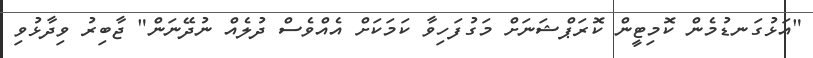
"އަޅުގަނޑުމެން ކޮމިޓީން ކޮރަޕްޝަނަށް މަގުފަހިވާ ކަމަކަށް އެއްވެސް ދުލެއް ނުދޭނަން" ޖާބިރު ވިދާޅުވި